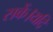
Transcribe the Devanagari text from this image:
सकें।यदि